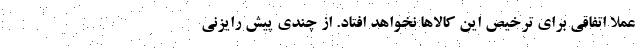
عملا اتفاقی برای ترخیص این کالاها نخواهد افتاد. از چندی پیش رایزنی